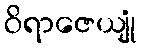
ဝိရာဇေယျုံ